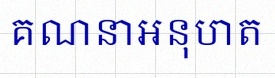
គណនាអនុបាត